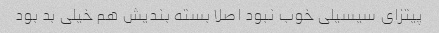
پیتزای سیسیلی خوب نبود اصلا بسته بندیش هم خیلی بد بود